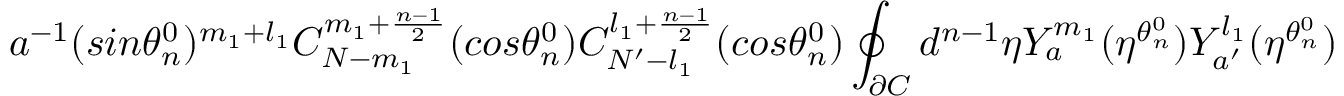
a ^ { - 1 } ( s i n { \theta _ { n } ^ { 0 } } ) ^ { m _ { 1 } + l _ { 1 } } C _ { N - m _ { 1 } } ^ { m _ { 1 } + \frac { n - 1 } { 2 } } ( c o s { \theta _ { n } ^ { 0 } } ) C _ { N ^ { \prime } - l _ { 1 } } ^ { l _ { 1 } + \frac { n - 1 } { 2 } } ( c o s { \theta _ { n } ^ { 0 } } ) \oint _ { \partial C } d ^ { n - 1 } { \eta } Y _ { a } ^ { m _ { 1 } } ( \eta ^ { \theta _ { n } ^ { 0 } } ) Y _ { a ^ { \prime } } ^ { l _ { 1 } } ( \eta ^ { \theta _ { n } ^ { 0 } } )